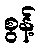
စွန့်